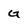
Character: G